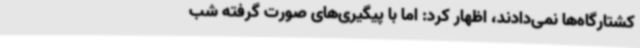
کشتارگاه‌ها نمی‌دادند، اظهار کرد: اما با پیگیری‌های صورت گرفته شب